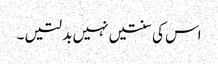
اس کی سنتیں نہیں بدلتیں ۔